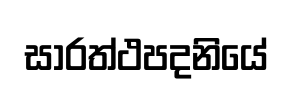
සාරත්ථපදනියේ